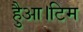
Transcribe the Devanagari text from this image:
हैुआ।टिम